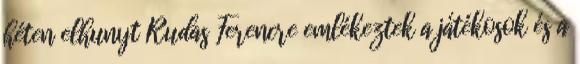
héten elhunyt Rudas Ferencre emlékeztek a játékosok és a